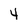
Character: 4